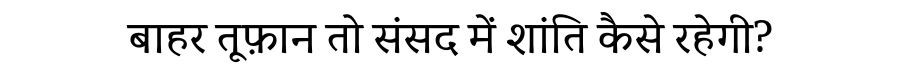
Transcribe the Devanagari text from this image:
बाहर तूफ़ान तो संसद में शांति कैसे रहेगी?